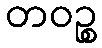
တဝဉ္စ